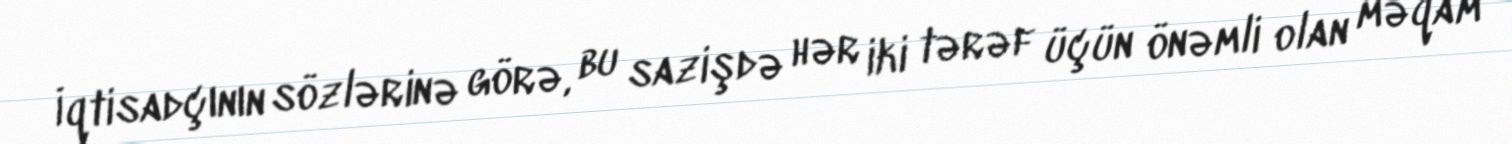
İqtisadçının sözlərinə görə, bu sazişdə hər iki tərəf üçün önəmli olan məqam